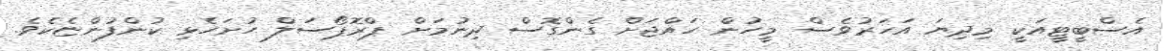
އެސްބީޓީއަކީ މިދިޔަ އަހަރުވެސް މީހުން ހައްޖަށް ގެންގޮސް ދިނުމަށް ޕްރޮޕޯސަލް ހުށަހެޅި ކުންފުންޏެކެވެ.